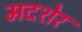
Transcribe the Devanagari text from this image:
मदशेर